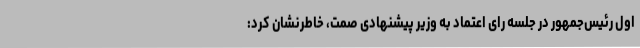
اول رئیس‌جمهور در جلسه رای اعتماد به وزیر پیشنهادی صمت، خاطرنشان کرد:‌